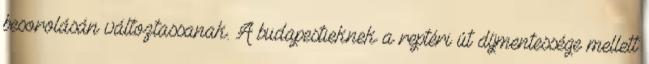
besorolásán változtassanak. A budapestieknek a reptéri út díjmentessége mellett